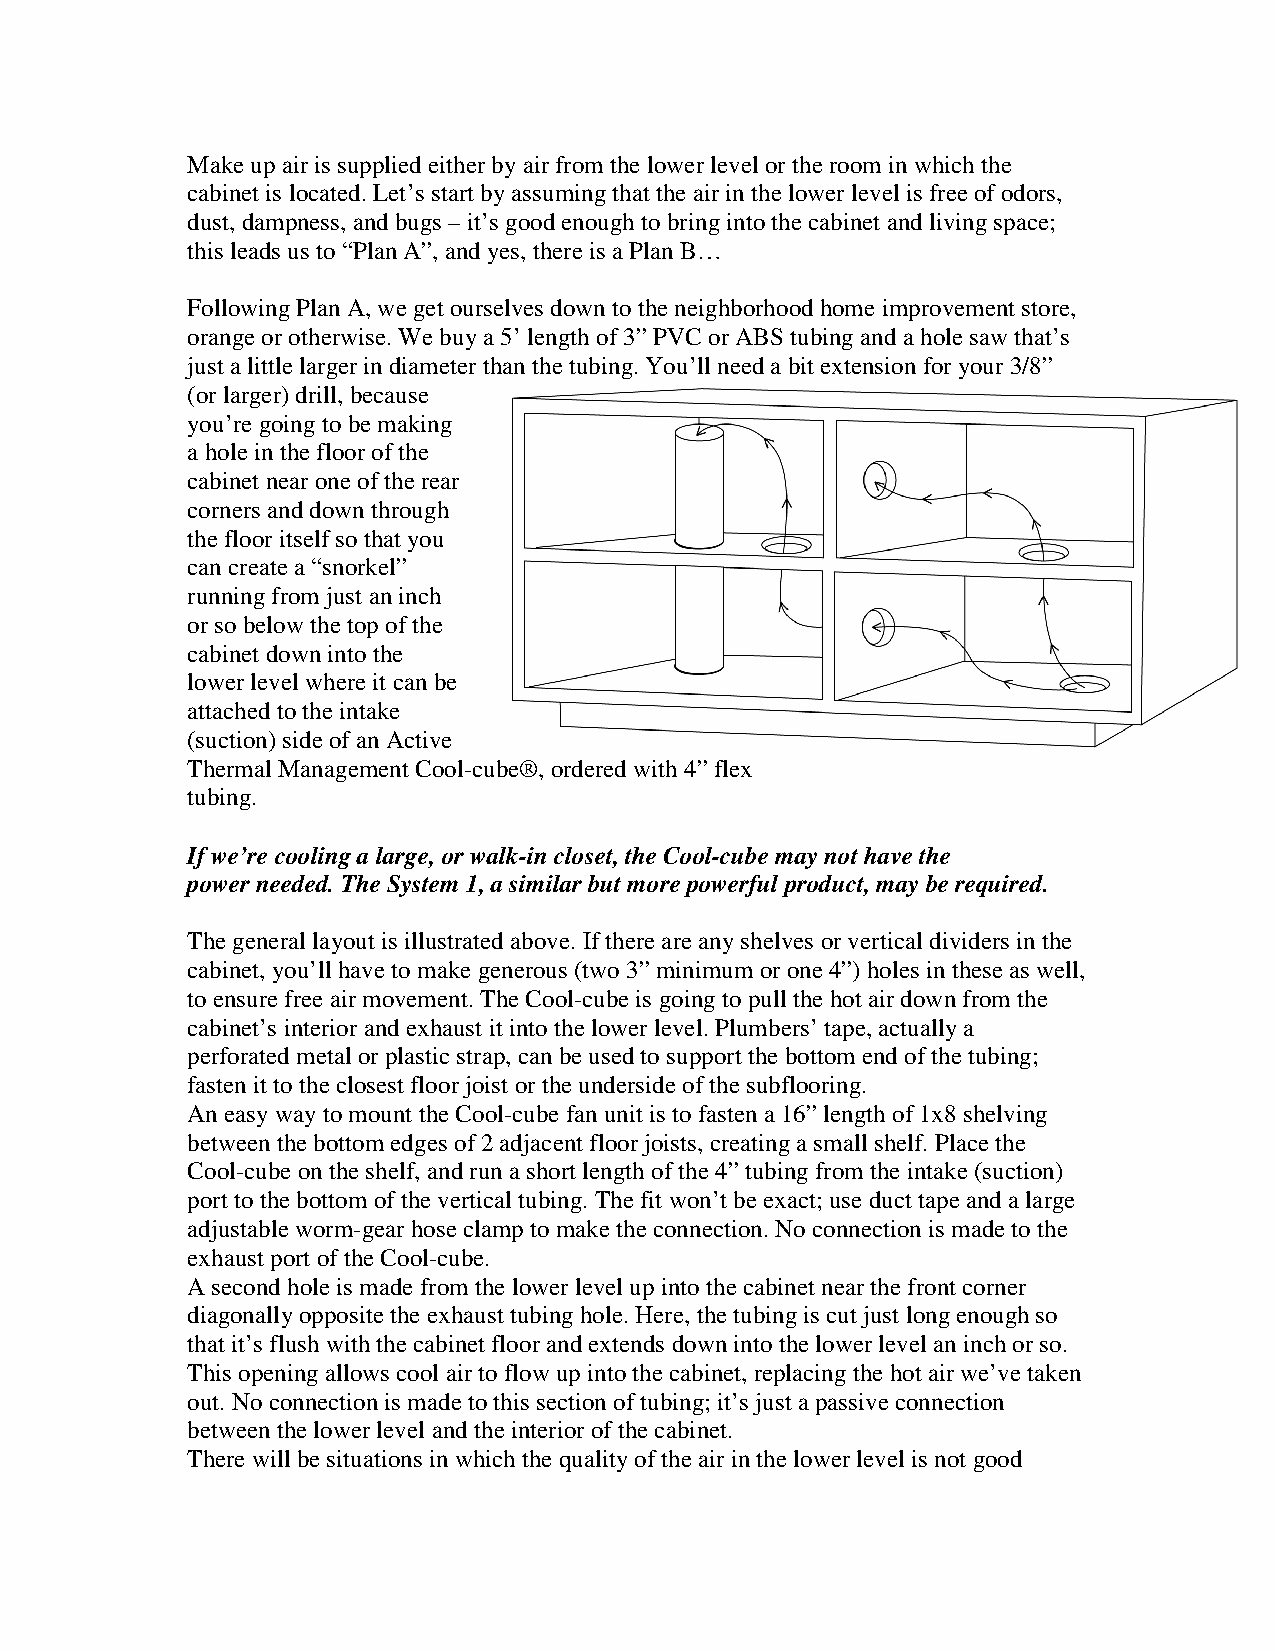
Make up air is supplied either by air from the lower level or the room in which the
 cabinet is located. Let’s start by assuming that the air in the lower level is free of odors,
 dust, dampness, and bugs – it’s good enough to bring into the cabinet and living space;
 this leads us to “Plan A”, and yes, there is a Plan B…
 Following Plan A, we get ourselves down to the neighborhood home improvement store,
 orange or otherwise. We buy a 5’ length of 3” PVC or ABS tubing and a hole saw that’s
 just a little larger in diameter than the tubing. You’ll need a bit extension for your 3/8”
 (or larger) drill, because
 you’re going to be making
 a hole in the floor of the
 cabinet near one of the rear
 corners and down through
 the floor itself so that you
 can create a “snorkel”
 running from just an inch
 or so below the top of the
 cabinet down into the
 lower level where it can be
 attached to the intake
 (suction) side of an Active
 Thermal Management Cool-cube®, ordered with 4” flex
 tubing.
 If we’re cooling a large, or walk-in closet, the Cool-cube may not have the
 power needed. The System 1, a similar but more powerful product, may be required.
 The general layout is illustrated above. If there are any shelves or vertical dividers in the
 cabinet, you’ll have to make generous (two 3” minimum or one 4”) holes in these as well,
 to ensure free air movement. The Cool-cube is going to pull the hot air down from the
 cabinet’s interior and exhaust it into the lower level. Plumbers’ tape, actually a
 perforated metal or plastic strap, can be used to support the bottom end of the tubing;
 fasten it to the closest floor joist or the underside of the subflooring.
 An easy way to mount the Cool-cube fan unit is to fasten a 16” length of 1x8 shelving
 between the bottom edges of 2 adjacent floor joists, creating a small shelf. Place the
 Cool-cube on the shelf, and run a short length of the 4” tubing from the intake (suction)
 port to the bottom of the vertical tubing. The fit won’t be exact; use duct tape and a large
 adjustable worm-gear hose clamp to make the connection. No connection is made to the
 exhaust port of the Cool-cube.
 A second hole is made from the lower level up into the cabinet near the front corner
 diagonally opposite the exhaust tubing hole. Here, the tubing is cut just long enough so
 that it’s flush with the cabinet floor and extends down into the lower level an inch or so.
 This opening allows cool air to flow up into the cabinet, replacing the hot air we’ve taken
 out. No connection is made to this section of tubing; it’s just a passive connection
 between the lower level and the interior of the cabinet.
 There will be situations in which the quality of the air in the lower level is not good